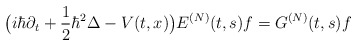
\begin{align*}\big(i\hbar\partial_t+\frac{1}{2}\hbar^2\Delta-V(t,x)\big) E^{(N)}(t,s)f=G^{(N)}(t,s)f\end{align*}